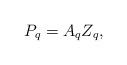
LaTeX: \begin{align*}P_q= A_qZ_q,\end{align*}